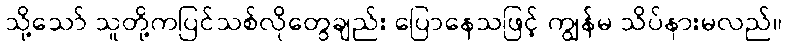
သို့သော် သူတို့ကပြင်သစ်လိုတွေချည်း ပြောနေသဖြင့် ကျွန်မ သိပ်နားမလည်။